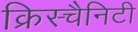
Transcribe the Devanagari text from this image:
क्रिस्चैनिटी